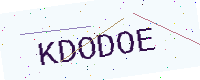
Text: KDODOE